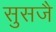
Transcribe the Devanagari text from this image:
सुसजै